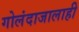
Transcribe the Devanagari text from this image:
गोलंदाजालाही